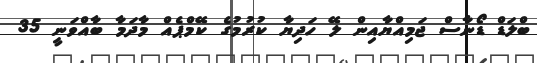
ބްލަޑް ޑޯނާސް ޖަމިއްޔާއިން ލޭ ހަދިޔާ ކުރުމުގެ ކޭމްޕެއް މާދަމާ ބާއްވަނީ 35